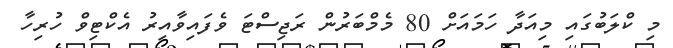
މި ކްލަބުގައި މިއަދާ ހަމައަށް 80 މެމްބަރުން ރަޖިސްޓަ ވެފައިވާއިރު އެކްޓިވް ހުރިހާ